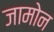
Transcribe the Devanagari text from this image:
जामोन